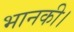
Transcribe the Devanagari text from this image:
भानकी।